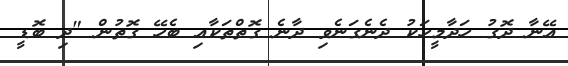
އޭނާ ދޮގު ހަދާމީހަކު ދެނެގަނެވި ދާނެ ގޮތްތަކާއި ބެހޭ ގޮތުން "ދި ބޮޑީ